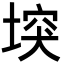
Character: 堗